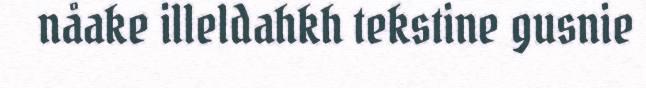
nåake illeldahkh tekstine gusnie